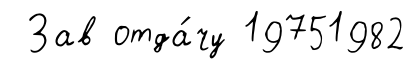
Зав отда́чу 19751982